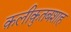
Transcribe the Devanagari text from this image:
क़लीक़ुतबशाह